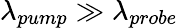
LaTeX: \lambda_{pump}\gg\lambda_{probe}